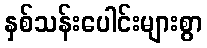
နှစ်သန်းပေါင်းများစွာ